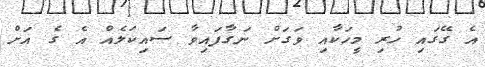
އެ ގޭގައި ހުރި މީހަކާއި ވަގަށް ނަގާފައިވާ ސައިކަލެއް އެ ގެ އަށް